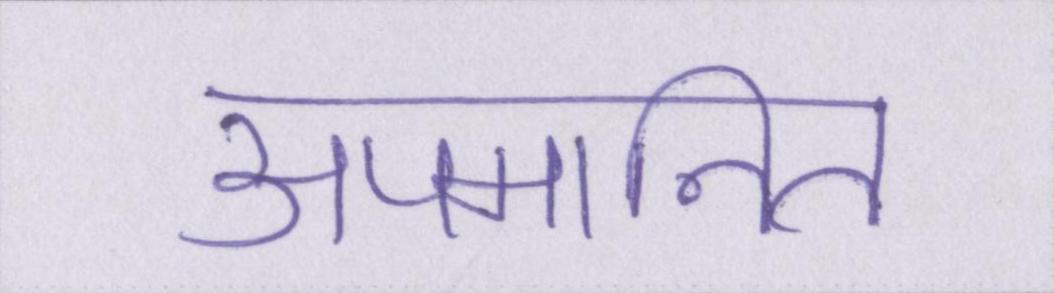
अपमानित